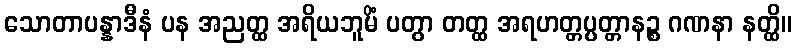
သောတာပန္နာဒီနံ ပန အညတ္ထ အရိယဘူမိံ ပတွာ တတ္ထ အရဟတ္တပ္ပတ္တာနဉ္စ ဂဏနာ နတ္ထိ။